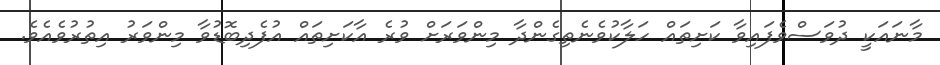
މާނައަކީ ދުވަސްވެފައިވާ ކަށިތައް ހަލާކުވެނެތިގެންދާ މިންވަރަށް ވުރެ އާކަށިތައް އުފެދިބޮޑުވާ މިންވަރު އިތުރުވެއެވެ.